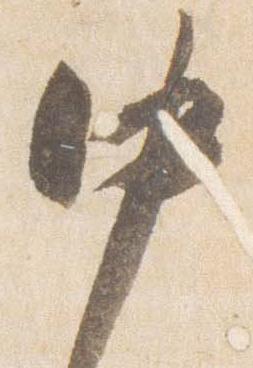
中